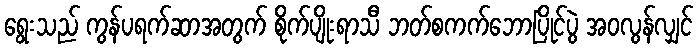
ရွေးသည် ကွန်ပရက်ဆာအတွက် စိုက်ပျိုးရာသီ ဘတ်စကက်ဘောပြိုင်ပွဲ အဝလွန်လျှင်